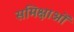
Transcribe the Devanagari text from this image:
समिक्षाओं